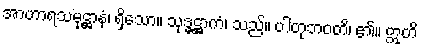
အာဟာရသမုဋ္ဌာနံ၊ ရှိသော။ သုဒ္ဓဋ္ဌာကံ၊ သည်။ ပါတုဘဝတိ၊ ၏။ ဣတိ